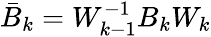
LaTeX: \bar{B}_{k}=W_{k-1}^{-1}B_{k}W_{k}